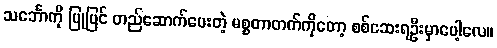
သင်္ဘောကို ပြုပြင် တည်ဆောက်ပေးတဲ့ မစ္စတာတက်ကိုတော့ စစ်ဆေးရဦးမှာပေါ့လေ။